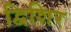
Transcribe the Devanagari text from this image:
द्विशिर